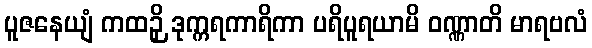
ပူဇနေယျံ ကထဉှိ ဒုက္ကရကာရိကာ ပရိပူရယာမိ ဝဏ္ဏာတိ မာရဗလံ